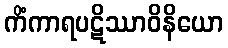
ကိံကာရပဋိဿာဝိနိယော